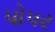
પોપર